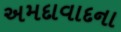
અમદાવાદના